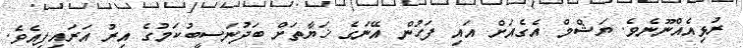
ރުޅިއެއްނޫނެވެ. ޔަޝްމް އެގެއަށް އައި ފަހުން އޭނަގެ ޚަޔާތަށް ބަދުނަސީބުކަމުގެ އިރު އަރައިފިއެވެ.